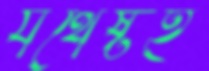
যথেষ্টই